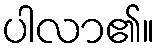
ပါလာ၏။